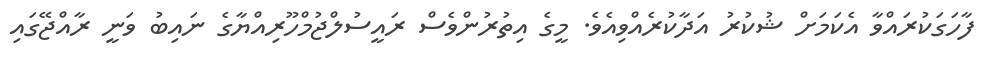
ފާހަގަކުރައްވާ އެކަމަށް ޝުކުރު އަދާކުރެއްވިއެވެ. މީގެ އިތުރުންވެސް ރައީސުލްޖުމްހޫރިއްޔާގެ ނައިބު ވަނީ ރާއްޖޭގައި